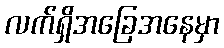
လက်ရှိအခြေအနေမှာ